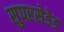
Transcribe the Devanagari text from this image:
सुपरसेडेड